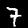
Label: 7